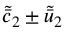
\tilde { \bar { c } } _ { 2 } \pm \tilde { \bar { u } } _ { 2 }